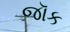
જૉક